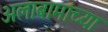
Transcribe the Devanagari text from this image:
अलाबामाच्या